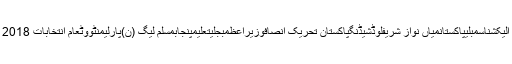
الیکشناسمبلیپاکستانمیاں نواز شریفلوڈشیڈنگپاکستان تحریک انصافوزیراعظمبجلیتعلیمپنجابمسلم لیگ (ن)پارلیمنٹووٹعام انتخابات 2018